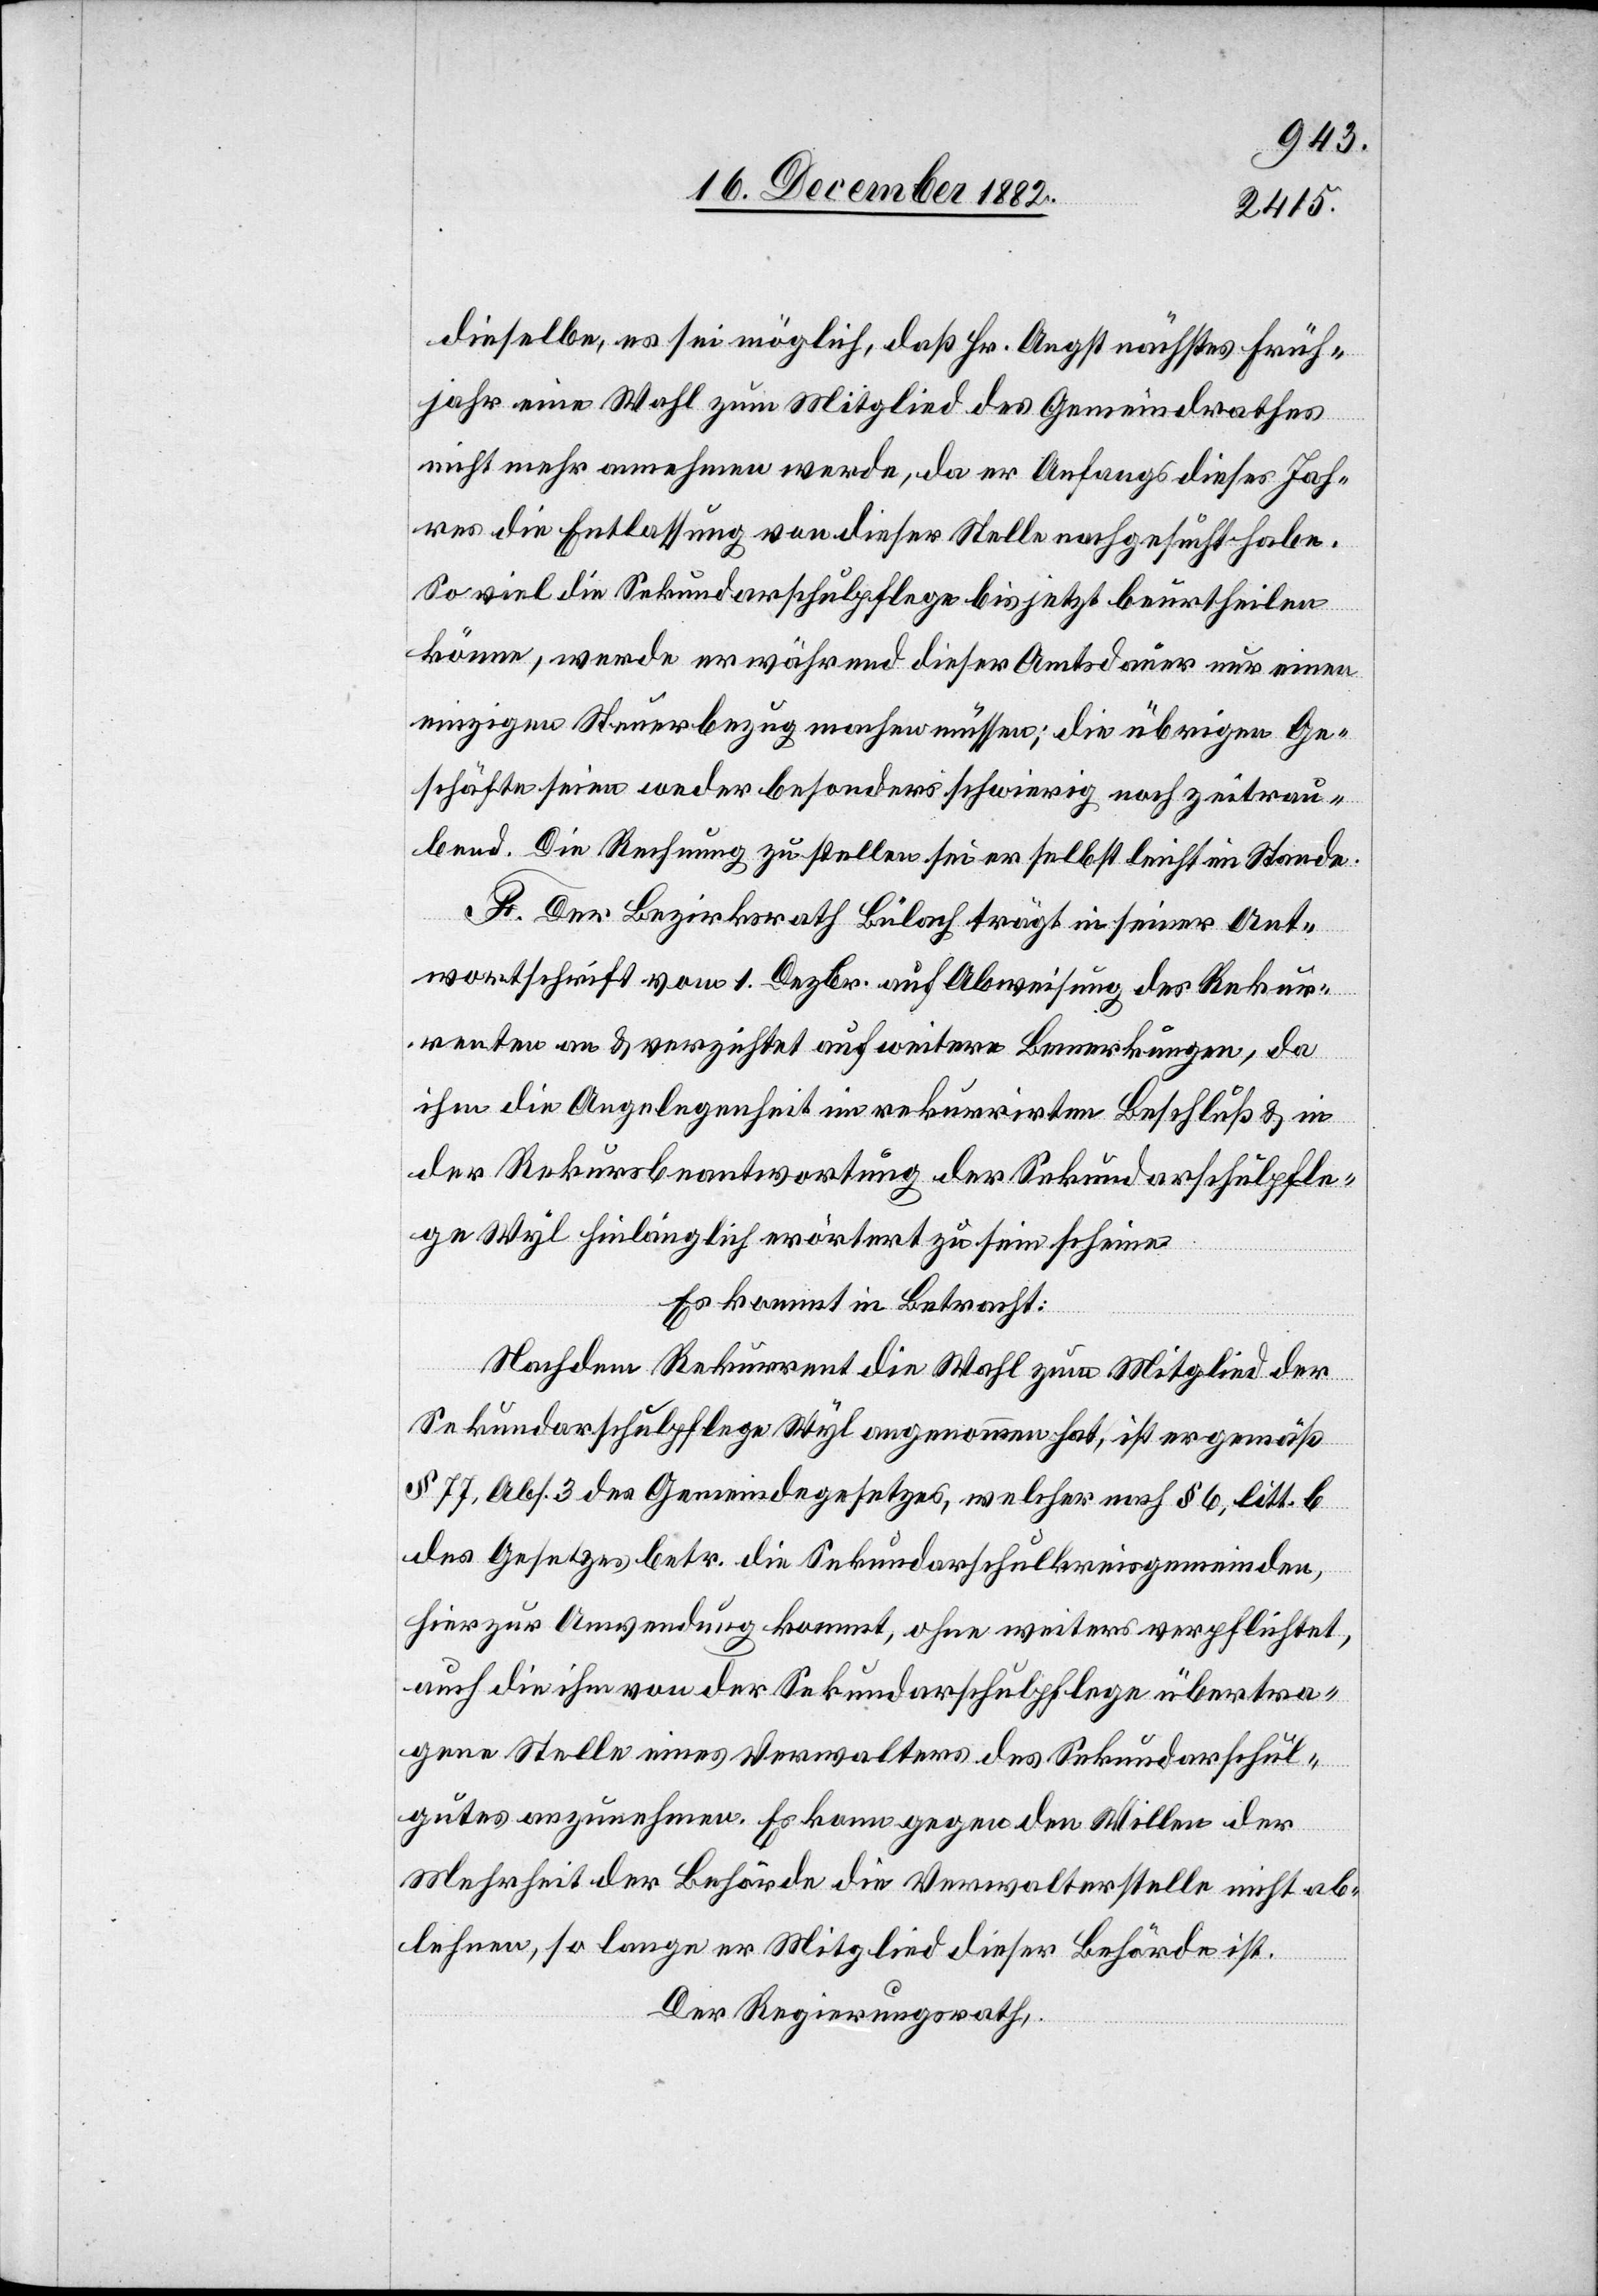
dieselbe, es sei möglich, daß Hr. Angst nächstes Früh¬
jahr eine Wahl zum Mitglied es Gemeindrathes
nicht mehr annehmen werde, da er Anfangs dieses Jah¬
res die Entlassung von dieser Stelle nachgesucht habe.
So viel die Sekundarschulpflege bis jetzt beurtheilen
könne, werde er während dieser Amtsdauer nur einen
einzigen Steuerbezug machen müssen; die übrigen Ge¬
schäfte seien weder besonders schwierig noch zeitrau¬
bend. Die Rechnung zu stellen sei er selbst leicht im Stande.
F. Der Bezirksrath Bülach trägt in seiner Ant¬
wortschrift vom 1. Dezbr. auf Abweisung des Rekur¬
renten an & verzichtet auf weitere Bemerkungen, da
ihm die Angelegenheit im rekurrirten Beschluß & in
der Rekursbeantwortung der Sekundarschulpfle¬
ge Wyl hinlänglich erörtert zu sein scheine.
Es kommt in Betracht:
Nachdem Rekurrent die Wahl zum Mitglied der
Sekundarschulpflege Wyl angenommen hat, ist er gemäß
§ 77, Abs. 3 des Gemeindegesetzes, welcher nach § 6, litt. b
des Gesetzes betr. die Sekundarschulkreisgemeinden,
hier zur Anwendung kommt, ohne weiters verpflichtet,
auch die ihm von der Sekundarschulpflege übertra¬
gene Stelle eines Verwalters des Sekundarschul¬
gutes anzunehmen. Er kann gegen den Willen der
Mehrheit der Behörde die Verwalterstelle nicht ab¬
lehnen, so lange er Mitglied dieser Behörde ist.
Der Regierungsrath,